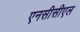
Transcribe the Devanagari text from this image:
एनसीसीएल